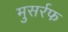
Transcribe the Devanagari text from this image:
मुसर्रफ